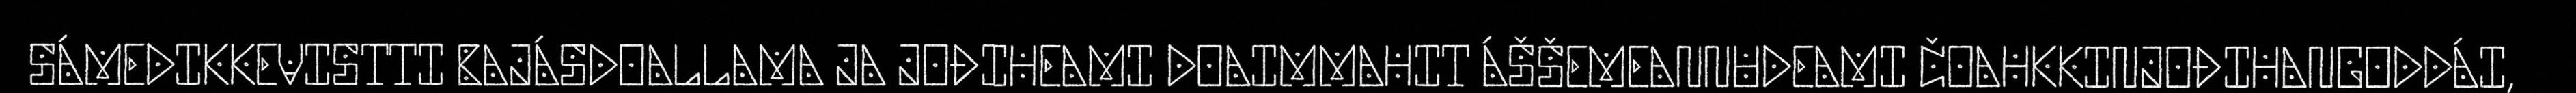
SÁMEDIKKEVISTTI BAJÁSDOALLAMA JA JOĐIHEAMI DOAIMMAHIT ÁŠŠEMEANNUDEAMI ČOAHKKINJOĐIHANGODDÁI,